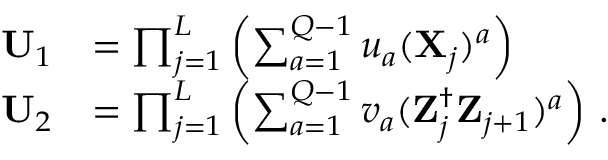
\begin{array} { r l } { \mathbf { U } _ { 1 } } & { = \prod _ { j = 1 } ^ { L } \left( \sum _ { a = 1 } ^ { Q - 1 } u _ { a } ( \mathbf { X } _ { j } ) ^ { a } \right) } \\ { \mathbf { U } _ { 2 } } & { = \prod _ { j = 1 } ^ { L } \left( \sum _ { a = 1 } ^ { Q - 1 } v _ { a } ( \mathbf { Z } _ { j } ^ { \dag } \mathbf { Z } _ { j + 1 } ) ^ { a } \right) \, . } \end{array}